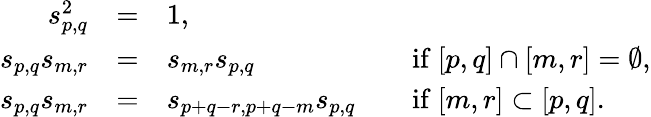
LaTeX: \begin{array}{rcll}{s_{p,q}^{2}}&{=}&{1,}&\\ {s_{p,q}s_{m,r}}&{=}&{s_{m,r}s_{p,q}}&{\quad\mathrm{if\ }[p,q]\cap[m,r]=\emptyset,}\\ {s_{p,q}s_{m,r}}&{=}&{s_{p+q-r,p+q-m}s_{p,q}}&{\quad\mathrm{if\ }[m,r]\subset[p,q].}\end{array}